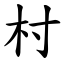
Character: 村